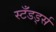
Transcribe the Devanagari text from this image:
स्टँडर्ड्स